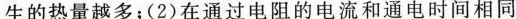
生的热量越多；(2)在通过电阻的电流和通电时间相同